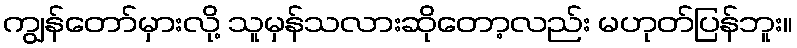
ကျွန်တော်မှားလို့ သူမှန်သလားဆိုတော့လည်း မဟုတ်ပြန်ဘူး။